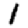
Digit: 1